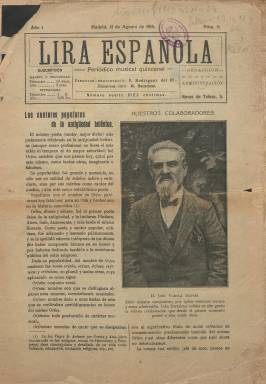
Título: Lira española (Madrid. 1914)
Colección: Música
Ámbito geográfico: Madrid
Lugar de publicación: Madrid
Fechas: 15/08/1914-15/04/1915

Este “periódico musical quincenal” comenzó a publicarse en Madrid el 15 de marzo de 1914, siendo su propietario y director Fernando Rodríguez del Río. La colección en la Biblioteca Nacional de España comienza con la entrega número 11, del 15 de agosto de ese año, y acaba con la número 27, de 15 de abril de 1915, siendo incompleta en este periodo, aunque la revista debió seguir publicándose hasta noviembre de 1917 y editar en torno a unas sesenta entregas. En septiembre de ese año 1914 pasó de ocho a doce páginas por número, compuestas a tres columnas.

Aparece indicado en su cabecera como redactor jefe Mauricio Bacarisse (1895-1931), que supone la primera actividad periodística de este poeta, y más adelante un también todavía joven compositor y pedagogo Rafael Benedito (1885-1963). El fin de la publicación es la difusión de la cultura musical y el fomento de la afición a este arte.

En sus páginas se publican artículos, noticias y reseñas sobre historia y técnica musical y de sus instrumentos y de todos los géneros, como la música sacra o el folclore; sobre la actividad de las sociedades y bandas musicales y orquestas, conservatorios y profesorado; críticas sobre conciertos y de la programación teatral tanto en la capital como en provincias y el extranjero, contando con corresponsales; así como notas biográficas y bibliográficas y cartas al director. Inserta también algunos poemas, como Esperanza, de Juan Ramón Jiménez, y convoca concursos para sus suscriptores.

Como publicación ilustrada, su portada suele estar ocupada con un fotograbado, generalmente de retratos de compositores, profesores, directores o empresarios, así como caricaturas de estos, que firma el dibujante Osés. También inserta un folletín y publicidad comercial en las dos últimas planas.

En su entrega de primero de septiembre de 1914, publica una fotografía de Fernando del Rivero, que se suma a la redacción, en la que aparecen sus redactores José Alcañiz Más, Sánchez de la Piedra y Jaime Martínez, encargándose este de la sección Teatros. Entre sus colaboradores se encuentra el compositor y crítico José Varela Silvari (1848-1926), del que publica un retrato. Aparecen también las firmas de José Núñez Castellanos, José Ignacio Arcelu, María del Carmen López Peña o Matilde Muñoz, entre otras.

El editor había previsto cambiar el título de esta publicación a Música, pero lo que hace a partir de enero de 1915 es cambiar el diseño tipográfico de la cabecera. Fernando Rodríguez del Río fundaría posteriormente una revista de largo alcance como Ritmo (1929). Referencias de este título en Torres Mulas (1991).